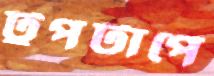
টুপটাপে